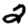
Digit: 2